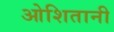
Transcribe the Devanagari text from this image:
ओशितानी